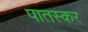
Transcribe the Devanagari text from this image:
पातस्कर